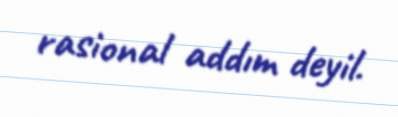
rasional addım deyil.